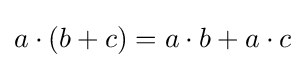
a\cdot (b+c)=a\cdot b+a\cdot c